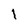
Character: l